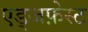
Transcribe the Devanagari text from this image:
एड्जफ़ेस्ट